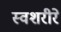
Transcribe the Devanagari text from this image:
स्वशरीरे